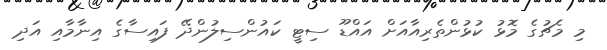
މި މެޗުގެ މޮޅު ކުޅުންތެރިއާއަށް އައްޑޫ ސިޓީ ކައުންސިލުންދޭ ފައިސާގެ އިނާމާއި އަދި